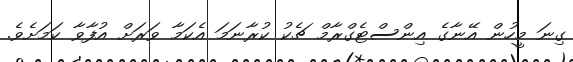
ގިނަ މީހުން އޭނާގެ އިންސްޓެގްރާމް ޗެކު ކުރާނަމަ އެކަމާ ވަރަށް އުފާވާ ކަމަށެވެ.